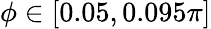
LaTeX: \phi\in[0.05,0.095\pi]